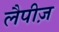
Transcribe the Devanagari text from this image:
लैपीज़